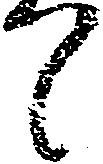
て